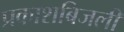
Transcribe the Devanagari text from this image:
प्रकाशबिजली